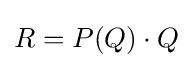
R=P(Q)\cdot Q